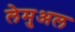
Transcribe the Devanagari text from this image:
लेमुअल